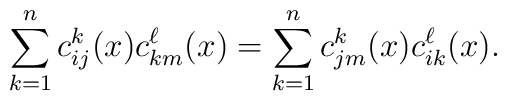
\sum_{k=1}^n c_{ij}^k(x) c_{km}^\ell(x) = \sum_{k=1}^nc_{jm}^k(x)c_{ik}^\ell(x) .